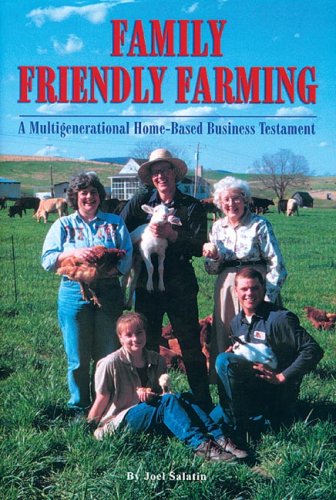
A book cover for Family Friendly Farming: A Multi-Generational Home-Based Business Testament; Joel Salatin; Business & Money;